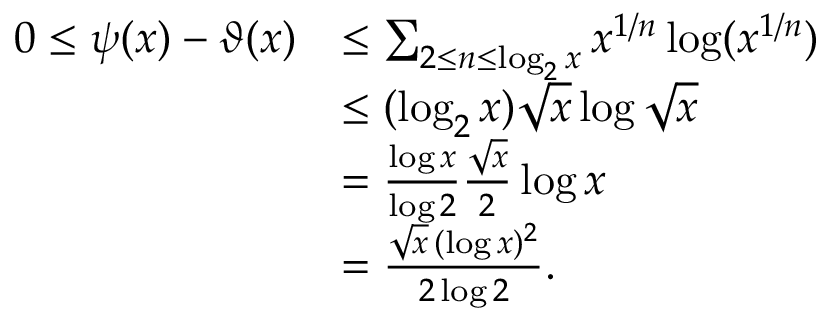
{ \begin{array} { r l } { 0 \leq \psi ( x ) - \vartheta ( x ) } & { \leq \sum _ { 2 \leq n \leq \log _ { 2 } x } x ^ { 1 / n } \log ( x ^ { 1 / n } ) } \\ & { \leq ( \log _ { 2 } x ) { \sqrt { x } } \log { \sqrt { x } } } \\ & { = { \frac { \log x } { \log 2 } } { \frac { \sqrt { x } } { 2 } } \log x } \\ & { = { \frac { { \sqrt { x } } \, ( \log x ) ^ { 2 } } { 2 \log 2 } } . } \end{array} }